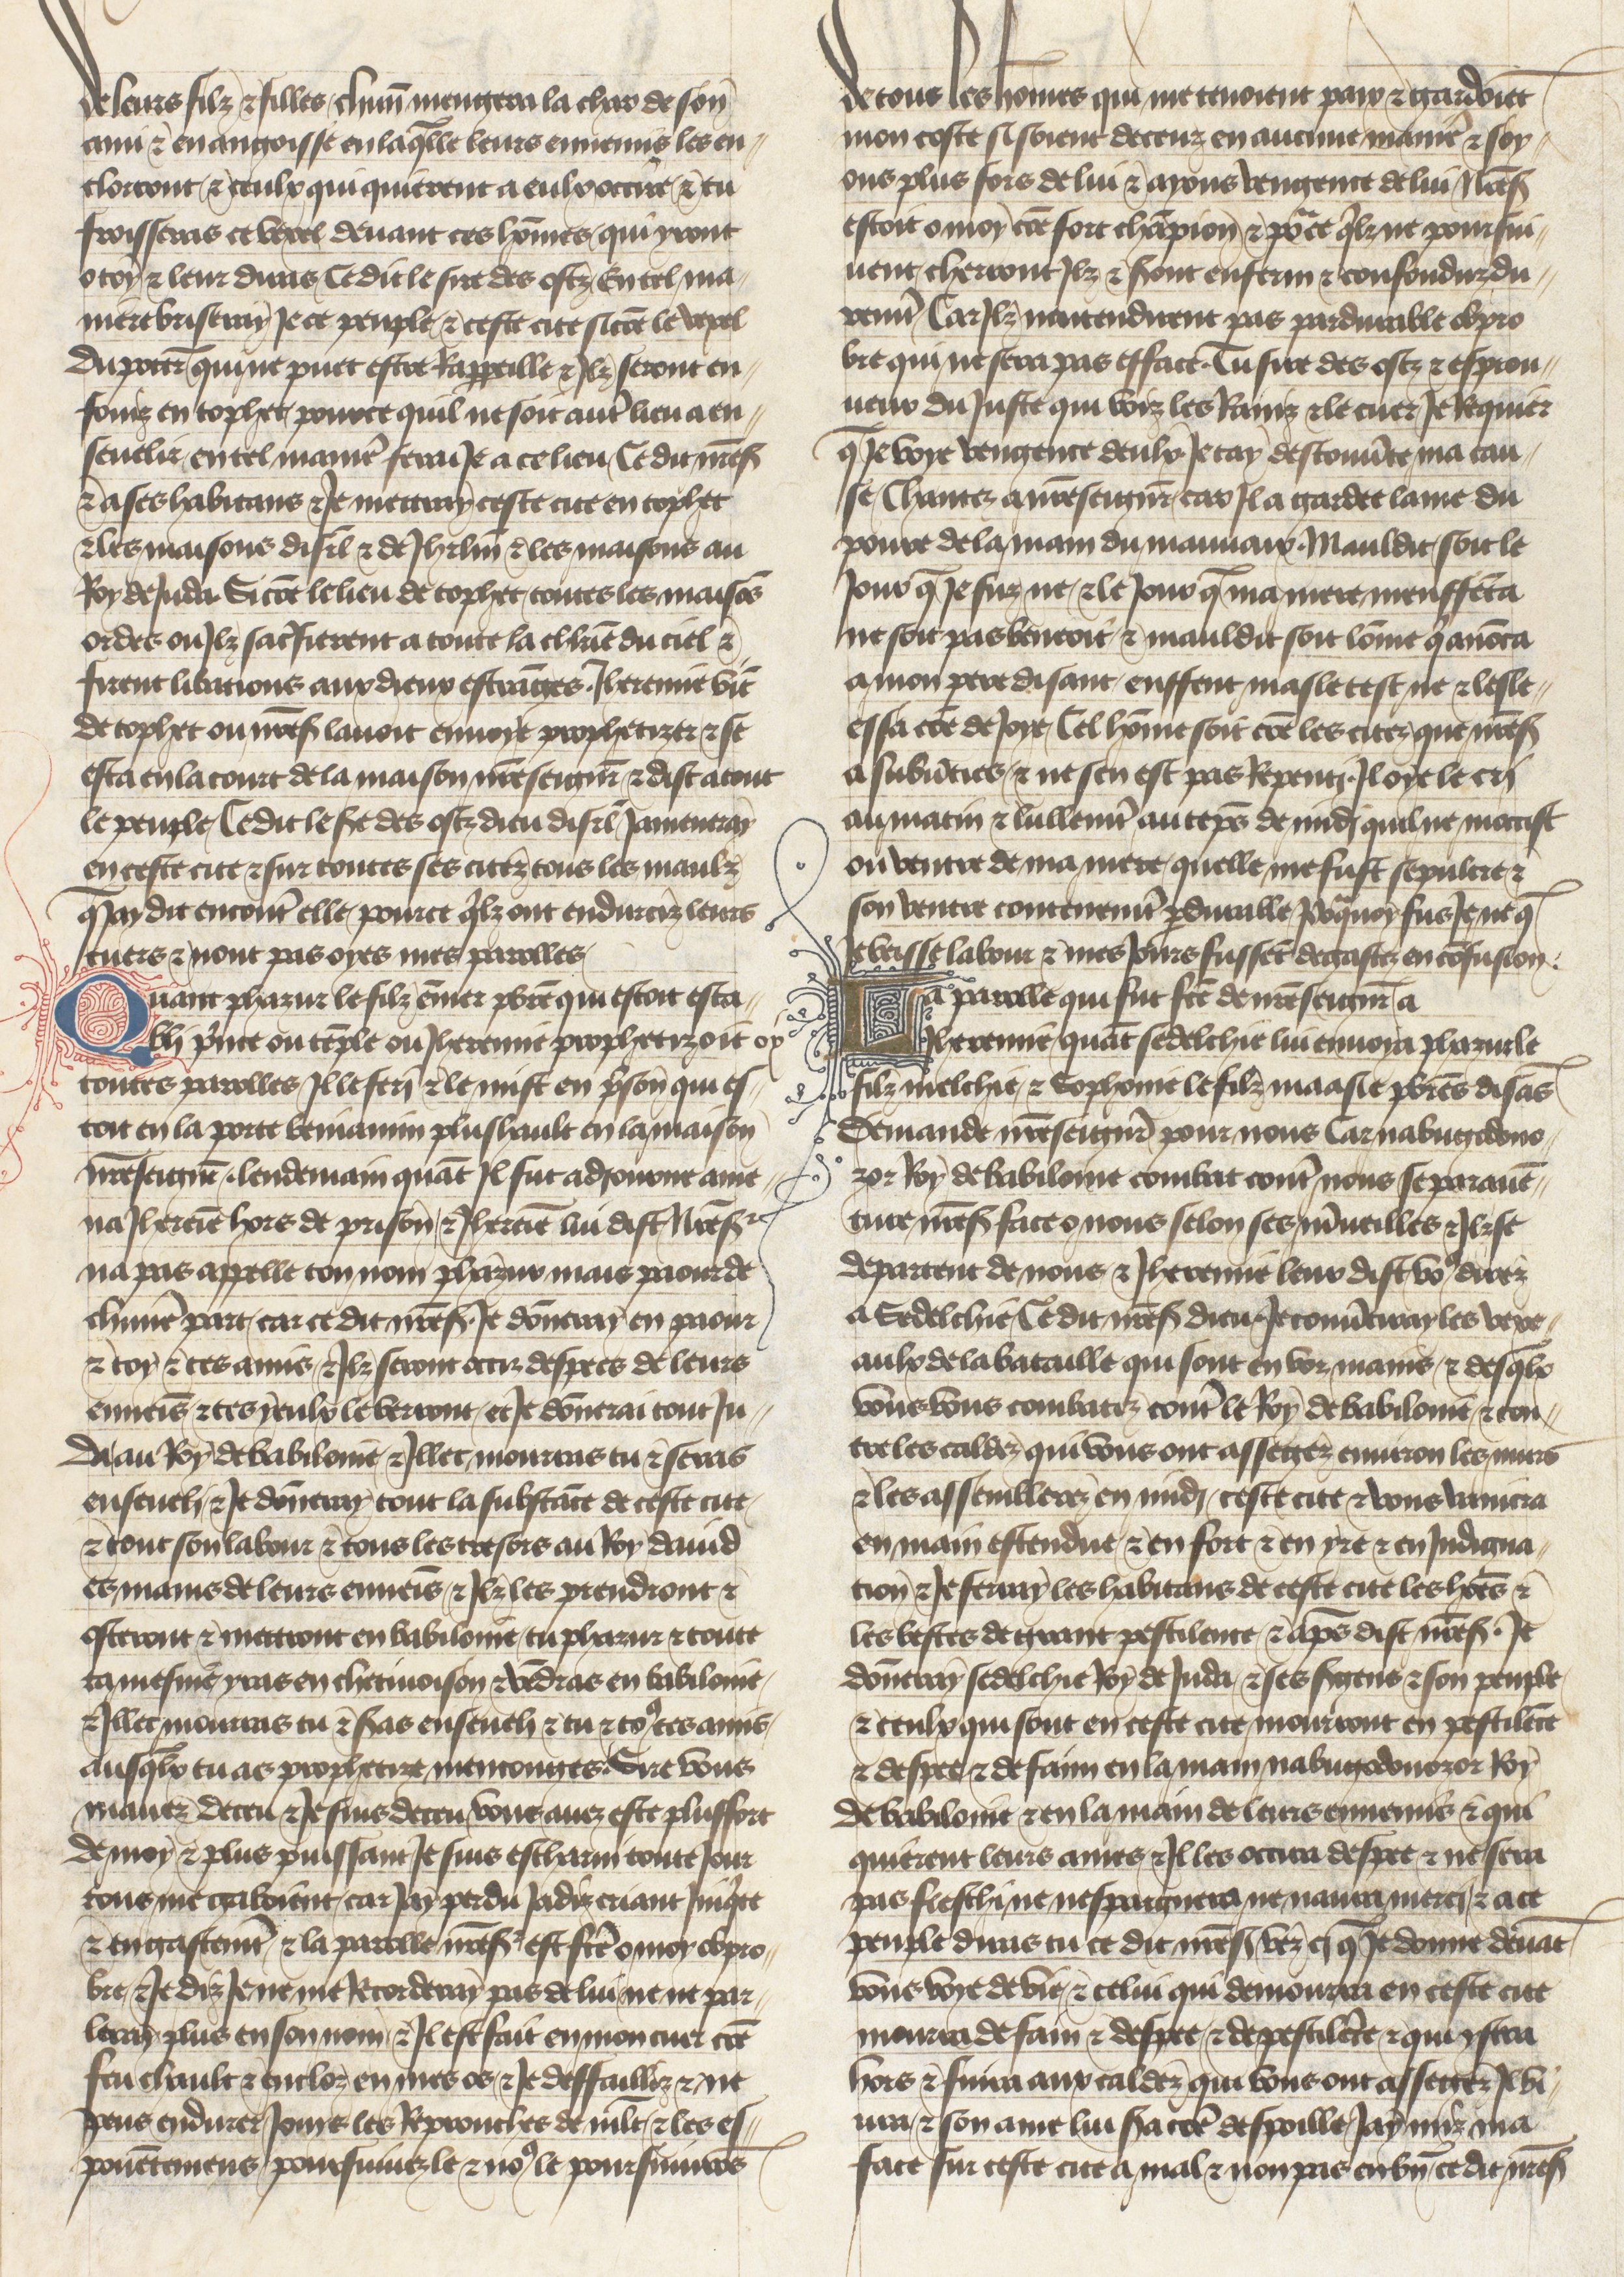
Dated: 1400–1450